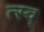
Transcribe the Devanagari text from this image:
त्स्व्